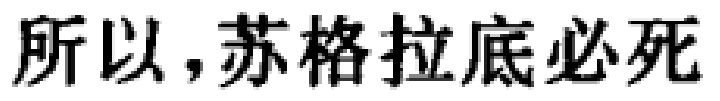
所以，苏格拉底必死